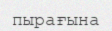
пырағына